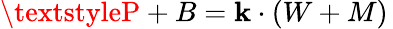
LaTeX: \textstyleP+B=\mathbf{k}\cdot(W+M)\,